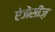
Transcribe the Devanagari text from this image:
ऐजेंसीज़